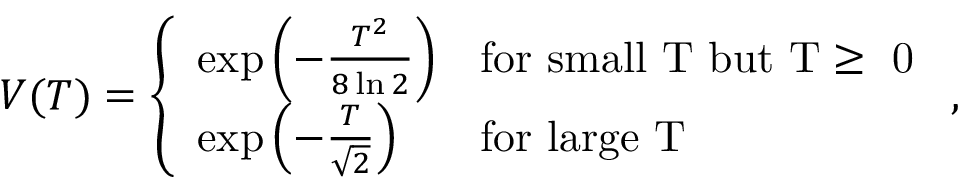
V ( T ) = \left\{ \begin{array} { l l } { { \exp \left( - \frac { T ^ { 2 } } { 8 \ln 2 } \right) } } & { { \mathrm { f o r ~ s m a l l ~ T ~ b u t ~ T \ge ~ 0 ~ } } } \\ { { \exp \left( - \frac { T } { \sqrt { 2 } } \right) } } & { { \mathrm { f o r ~ l a r g e ~ T ~ } } } \end{array} , \right.